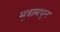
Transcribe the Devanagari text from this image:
मूत्रामधून